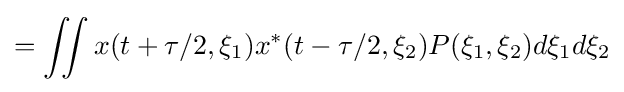
=\iint x(t+\tau /2,\xi _{1})x^{*}(t-\tau /2,\xi _{2})P(\xi _{1},\xi _{2})d\xi _{1}d\xi _{2}